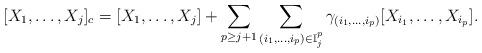
LaTeX: \begin{align*}[X_1,\dots,X_j]_c=[X_1,\dots,X_j]+\sum_{p\geq j+1}\sum_{(i_1,\dots,i_p)\in\mathbb{I}_j^p}\gamma_{(i_1,\dots,i_p)}[X_{i_1},\dots,X_{i_p}].\end{align*}